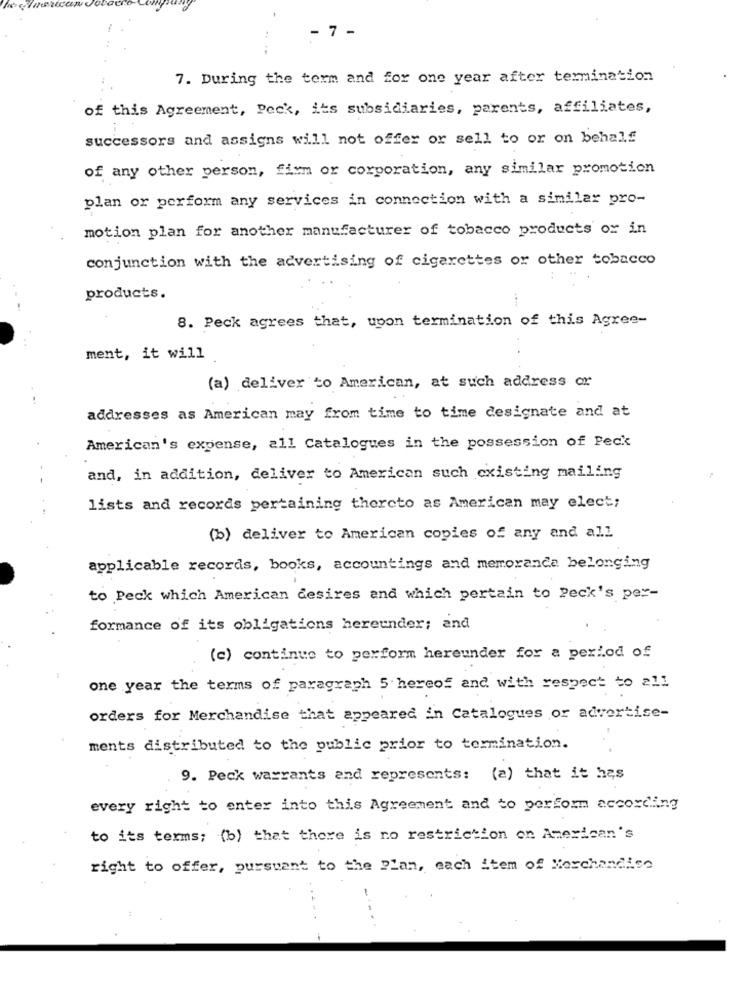
- 7 -
7. During the term and for one year after termination
of this Agreement, Peck, its subsidiaries, parents, affiliates,
successors and assigns will not offer or sell to or on behalf
of any other person, firm or corporation, any similar promotion
plan or perform any services in connection with a similar pro-
motion plan for another manufacturer of tobacco products or in
conjunction with the advertising of cigarettes or other tobacco
products.
...
8. Peck agrees that, upon termination of this Agree-
ment, it will
(a) deliver to American, at such address or
addresses as American may from time to time designate and at
American's expense, all Catalogues in the possession of Peck
and, in addition, deliver to American such existing mailing
lists and records pertaining thereto as American may elect;
(b) deliver to American copies of any and all
applicable records, books, accountings and memoranda belonging
to Peck which American desires and which pertain to Peck's per-
formance of its obligations hereunder; and
(c) continue to perform hereunder for a period of
one year the terms of paragraph 5 hereof and with respect to all
orders for Merchandise that appeared in Catalogues or advertise-
ments distributed to the public prior to termination.
9. Peck warrants and represents: (a) that it has
every right to enter into this Agreement and to perform according
to its terms; (b) that there is no restriction on American's
right to offer, pursuant to the Plan, each item of Merchandise